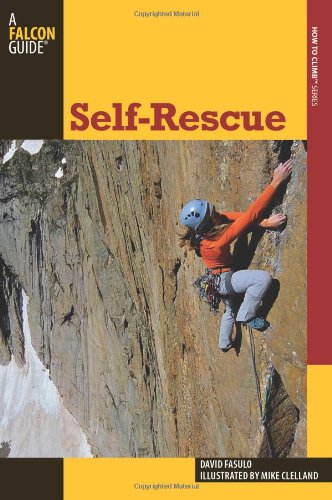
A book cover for Self-Rescue (How To Climb Series); David Fasulo; Sports & Outdoors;